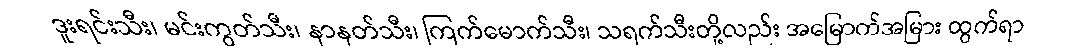
ဒူးရင်းသီး၊ မင်းကွတ်သီး၊ နာနတ်သီး၊ ကြက်မောက်သီး၊ သရက်သီးတို့လည်း အမြောက်အမြား ထွက်ရာ